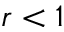
r < 1